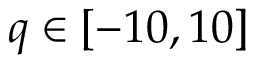
q \in [ - 1 0 , 1 0 ]